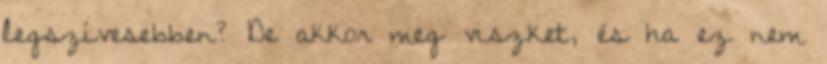
legszívesebben? De akkor meg viszket, és ha ez nem